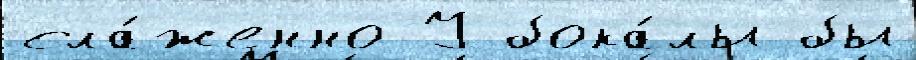
сла́женно У бока́лы бы